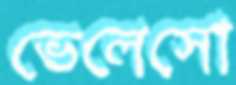
ভেলেসো